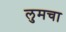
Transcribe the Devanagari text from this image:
लुमचा